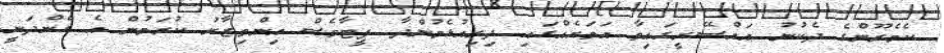
ކެމެރޫންގެ ދެކުނު އައްސޭރީގައިވާ އަވަށެއްގައި ދިރިއުޅެމުންދާ ޕީޓާވެސް އިންތިޒާރު ކުރަމުން އެ ގެންދަނީ